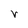
Character: V